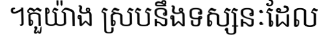
។តួយ៉ាង ស្របនឹងទស្សនៈដែល